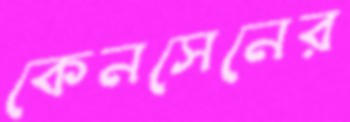
কেনসেনের